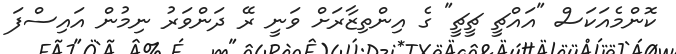
ކޮންމެއަކަސް "އައްޗީ ޗީޗީ" ގެ އިންތިޒާރަށް ވަނީ ރޭ ދަންވަރު ނިމުން އައިސްފަ